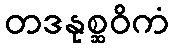
တဒနုစ္ဆဝိကံ